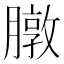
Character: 𫜶